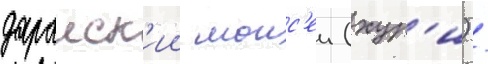
дараиск'ии моис'еи (хур'и) /